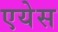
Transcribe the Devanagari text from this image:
एयेस